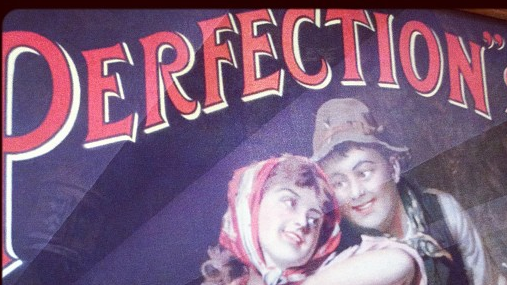
PERFECTION"